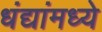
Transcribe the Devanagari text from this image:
धंद्यांमध्ये